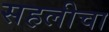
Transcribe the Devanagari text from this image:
सहलीचा